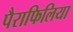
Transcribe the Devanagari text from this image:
पैराफिलिया